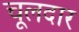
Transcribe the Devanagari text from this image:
चूलदार